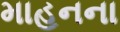
માહનના